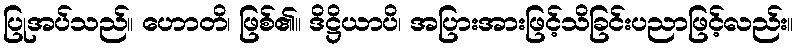
ပြုအပ်သည်။ ဟောတိ၊ ဖြစ်၏။ ဒိဋ္ဌိယာပိ၊ အပြားအားဖြင့်သိခြင်းပညာဖြင့်လည်း။